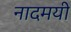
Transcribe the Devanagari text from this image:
नादमयी